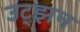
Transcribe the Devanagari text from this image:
उट्झन